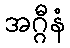
အဂ္ဂီနံ